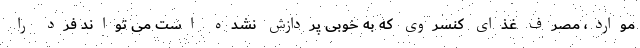
موارد، مصرف غذای کنسروی که به خوبی پردازش نشده است می تواند فرد را